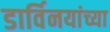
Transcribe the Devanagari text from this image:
डार्विनयांच्या